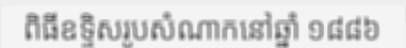
ពិធីឧទ្ទិសរូបសំណាកនៅឆ្នាំ ១៨៨៦